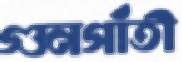
গুনগাঁতী